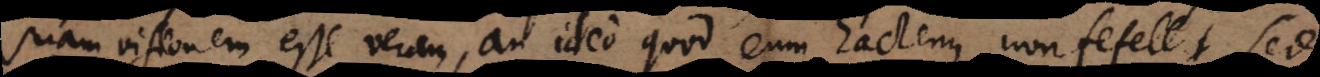
suam visionem esse veram, an ideo quod eum hactenus non fefellit, sed